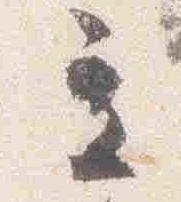
立